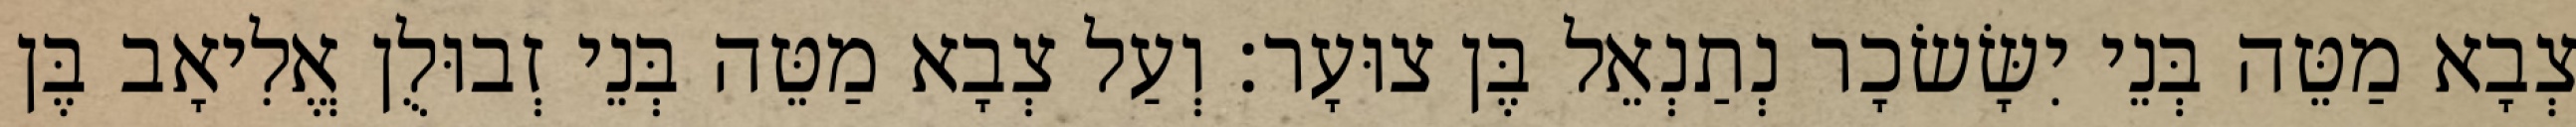
צְבָא מַטֵּה בְּנֵי יִשָּׂשׂכָר נְתַנְאֵל בֶּן צוּעָר׃ וְעַל צְבָא מַטֵּה בְּנֵי זְבוּלֻן אֱלִיאָב בֶּן